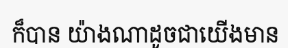
ក៏បាន យ៉ាងណាដូចជាយើងមាន